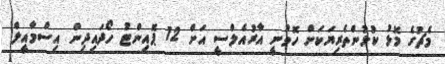
މެޗުގެ މޮޅު ކުޅުންތެރިޔަކަށް ހޮވުނީ އާރުއެލްސީ އަށް 12 ޕޮއިންޓު ހޯދައިދިން އިސްމާއީލް